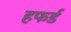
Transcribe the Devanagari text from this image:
हफर्ड